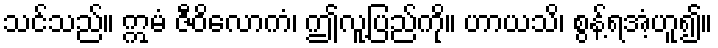
သင်သည်။ ဣမံ ဇီဝိလောကံ၊ ဤလူ့ပြည်ကို။ ဟာယသိ၊ စွန့်ရအံ့ဟူ၍။